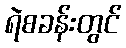
ရဲစခန်းတွင်